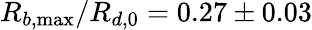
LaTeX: R_{b,\operatorname*{max}}/R_{d,0}=0.27\pm 0.03